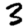
Digit: 3